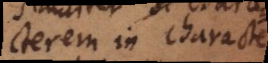
characterem in charactere